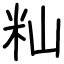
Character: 籼